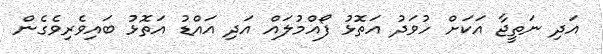
އަދި ނަތީޖާ އަކަށް ހުވަދު އަތޮޅު ފޯއްމުލައް އަދި އައްޑު އަތޮޅު ބައިވެރިވެގެން